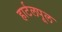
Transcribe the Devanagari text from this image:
हार्टलपूल